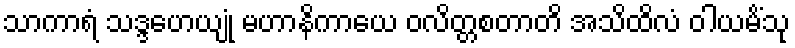
သာကာရံ သဒ္ဒဟေယျုံ မဟာနိကာယေ ဝလိတ္တစတာတိ အသိထိလံ ဝါယမိံသု